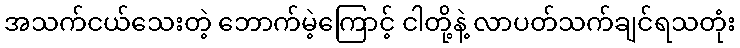
အသက်ငယ်သေးတဲ့ ဘောက်မဲ့ကြောင့် ငါတို့နဲ့ လာပတ်သက်ချင်ရသတုံး